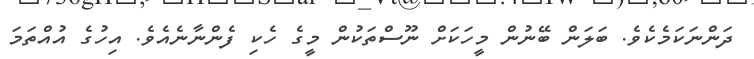
ދަންނަކަމެކެވެ. ބަލަން ބޭނުން މީހަކަށް ނޫސްތަކުން މީގެ ހެކި ފެންނާނެއެވެ. އިހުގެ އުއްތަމަ